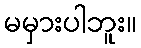
မမှားပါဘူး။